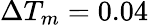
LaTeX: \Delta T_{m}=0.04